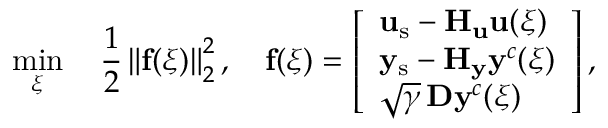
\operatorname* { m i n } _ { \boldsymbol { \xi } } \quad \frac { 1 } { 2 } \left\| \mathbf { f } ( \boldsymbol { \xi } ) \right\| _ { 2 } ^ { 2 } , \quad \mathbf { f } ( \boldsymbol { \xi } ) = \left[ \begin{array} { l } { \mathbf { u } _ { \mathrm { s } } - \mathbf { H } _ { \mathbf { u } } \mathbf { u } ( \boldsymbol { \xi } ) } \\ { \mathbf { y } _ { \mathrm { s } } - \mathbf { H } _ { \mathbf { y } } \mathbf { y } ^ { c } ( \boldsymbol { \xi } ) } \\ { \sqrt { \gamma } \, \mathbf { D } \mathbf { y } ^ { c } ( \boldsymbol { \xi } ) } \end{array} \right] ,